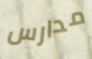
مدارس